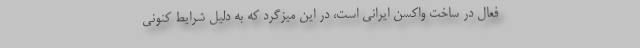
فعال در ساخت واکسن ایرانی است، در این میزگرد که به دلیل شرایط کنونی